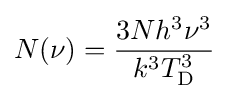
N(\nu )={\frac {3Nh^{3}\nu ^{3}}{k^{3}T_{\rm {D}}^{3}}}